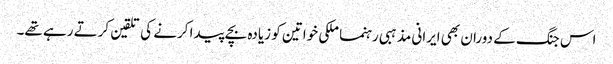
اس جنگ کے دوران بھی ایرانی مذہبی رہنما ملکی خواتین کو زیادہ بچے پیدا کرنے کی تلقین کرتے رہے تھے۔